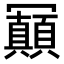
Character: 𠖩